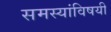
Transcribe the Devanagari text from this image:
समस्यांविषयी